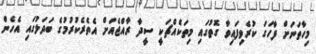
މިހާތަނަށް ފާހަގަ ކުރެވިފައިވާ ގޮތުގައި މިތަކެއްޗަކީ ސީދާ ރާއްޖެއަށް އެތެރެކުރުމުގެ ބަދަލުގައި އެހެން